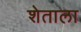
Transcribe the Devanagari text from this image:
शेताला